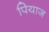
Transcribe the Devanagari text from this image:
पियाज